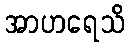
အာဟရေသိ